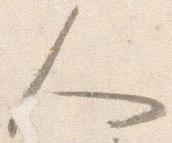
人